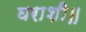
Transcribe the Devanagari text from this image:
घराशी॥